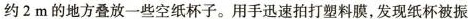
约2m的地方叠放一些空纸杯子。用手迅速拍打塑料膜，发现纸杯被振